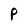
Character: P